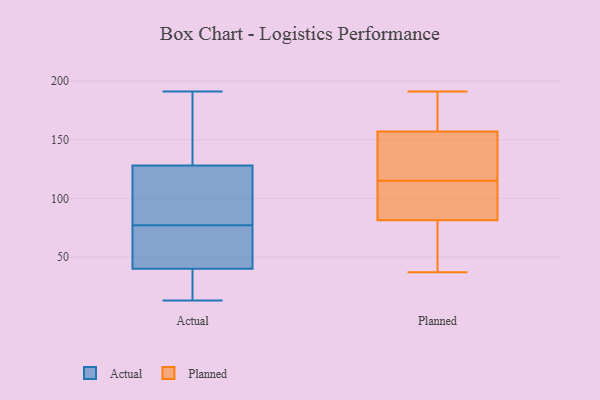
{"axis": {"x": "Waste Production (Tons)", "y": "Value"}, "legend": ["Actual", "Planned"], "data": [{"x": "", "y": 91, "type": "Actual"}, {"x": "", "y": 128, "type": "Actual"}, {"x": "", "y": 63, "type": "Actual"}, {"x": "", "y": 115, "type": "Actual"}, {"x": "", "y": 44, "type": "Actual"}, {"x": "", "y": 13, "type": "Actual"}, {"x": "", "y": 32, "type": "Actual"}, {"x": "", "y": 40, "type": "Actual"}, {"x": "", "y": 149, "type": "Actual"}, {"x": "", "y": 191, "type": "Actual"}, {"x": "", "y": 191, "type": "Planned"}, {"x": "", "y": 158, "type": "Planned"}, {"x": "", "y": 158, "type": "Planned"}, {"x": "", "y": 106, "type": "Planned"}, {"x": "", "y": 40, "type": "Planned"}, {"x": "", "y": 85, "type": "Planned"}, {"x": "", "y": 189, "type": "Planned"}, {"x": "", "y": 115, "type": "Planned"}, {"x": "", "y": 80, "type": "Planned"}, {"x": "", "y": 90, "type": "Planned"}, {"x": "", "y": 56, "type": "Planned"}, {"x": "", "y": 135, "type": "Planned"}, {"x": "", "y": 154, "type": "Planned"}, {"x": "", "y": 37, "type": "Planned"}, {"x": "", "y": 119, "type": "Planned"}]}